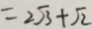
= 2 \sqrt { 3 } + \sqrt { 2 }